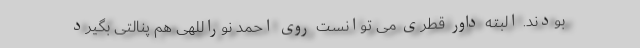
بودند. البته داور قطری می توانست روی احمد نوراللهی هم پنالتی بگیرد